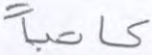
كاتبا